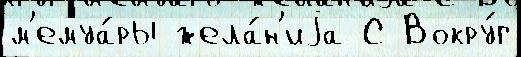
м'емуа́ры жела́н'иjа С Вокру́г